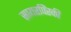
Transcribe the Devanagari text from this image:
सायरपिंस्की